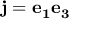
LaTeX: \mathbf { j } = \mathbf { e _ { 1 } } \mathbf { e _ { 3 } }